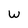
Character: W